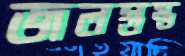
জলস্তম্ভ